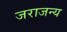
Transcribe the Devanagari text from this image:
जराजन्य